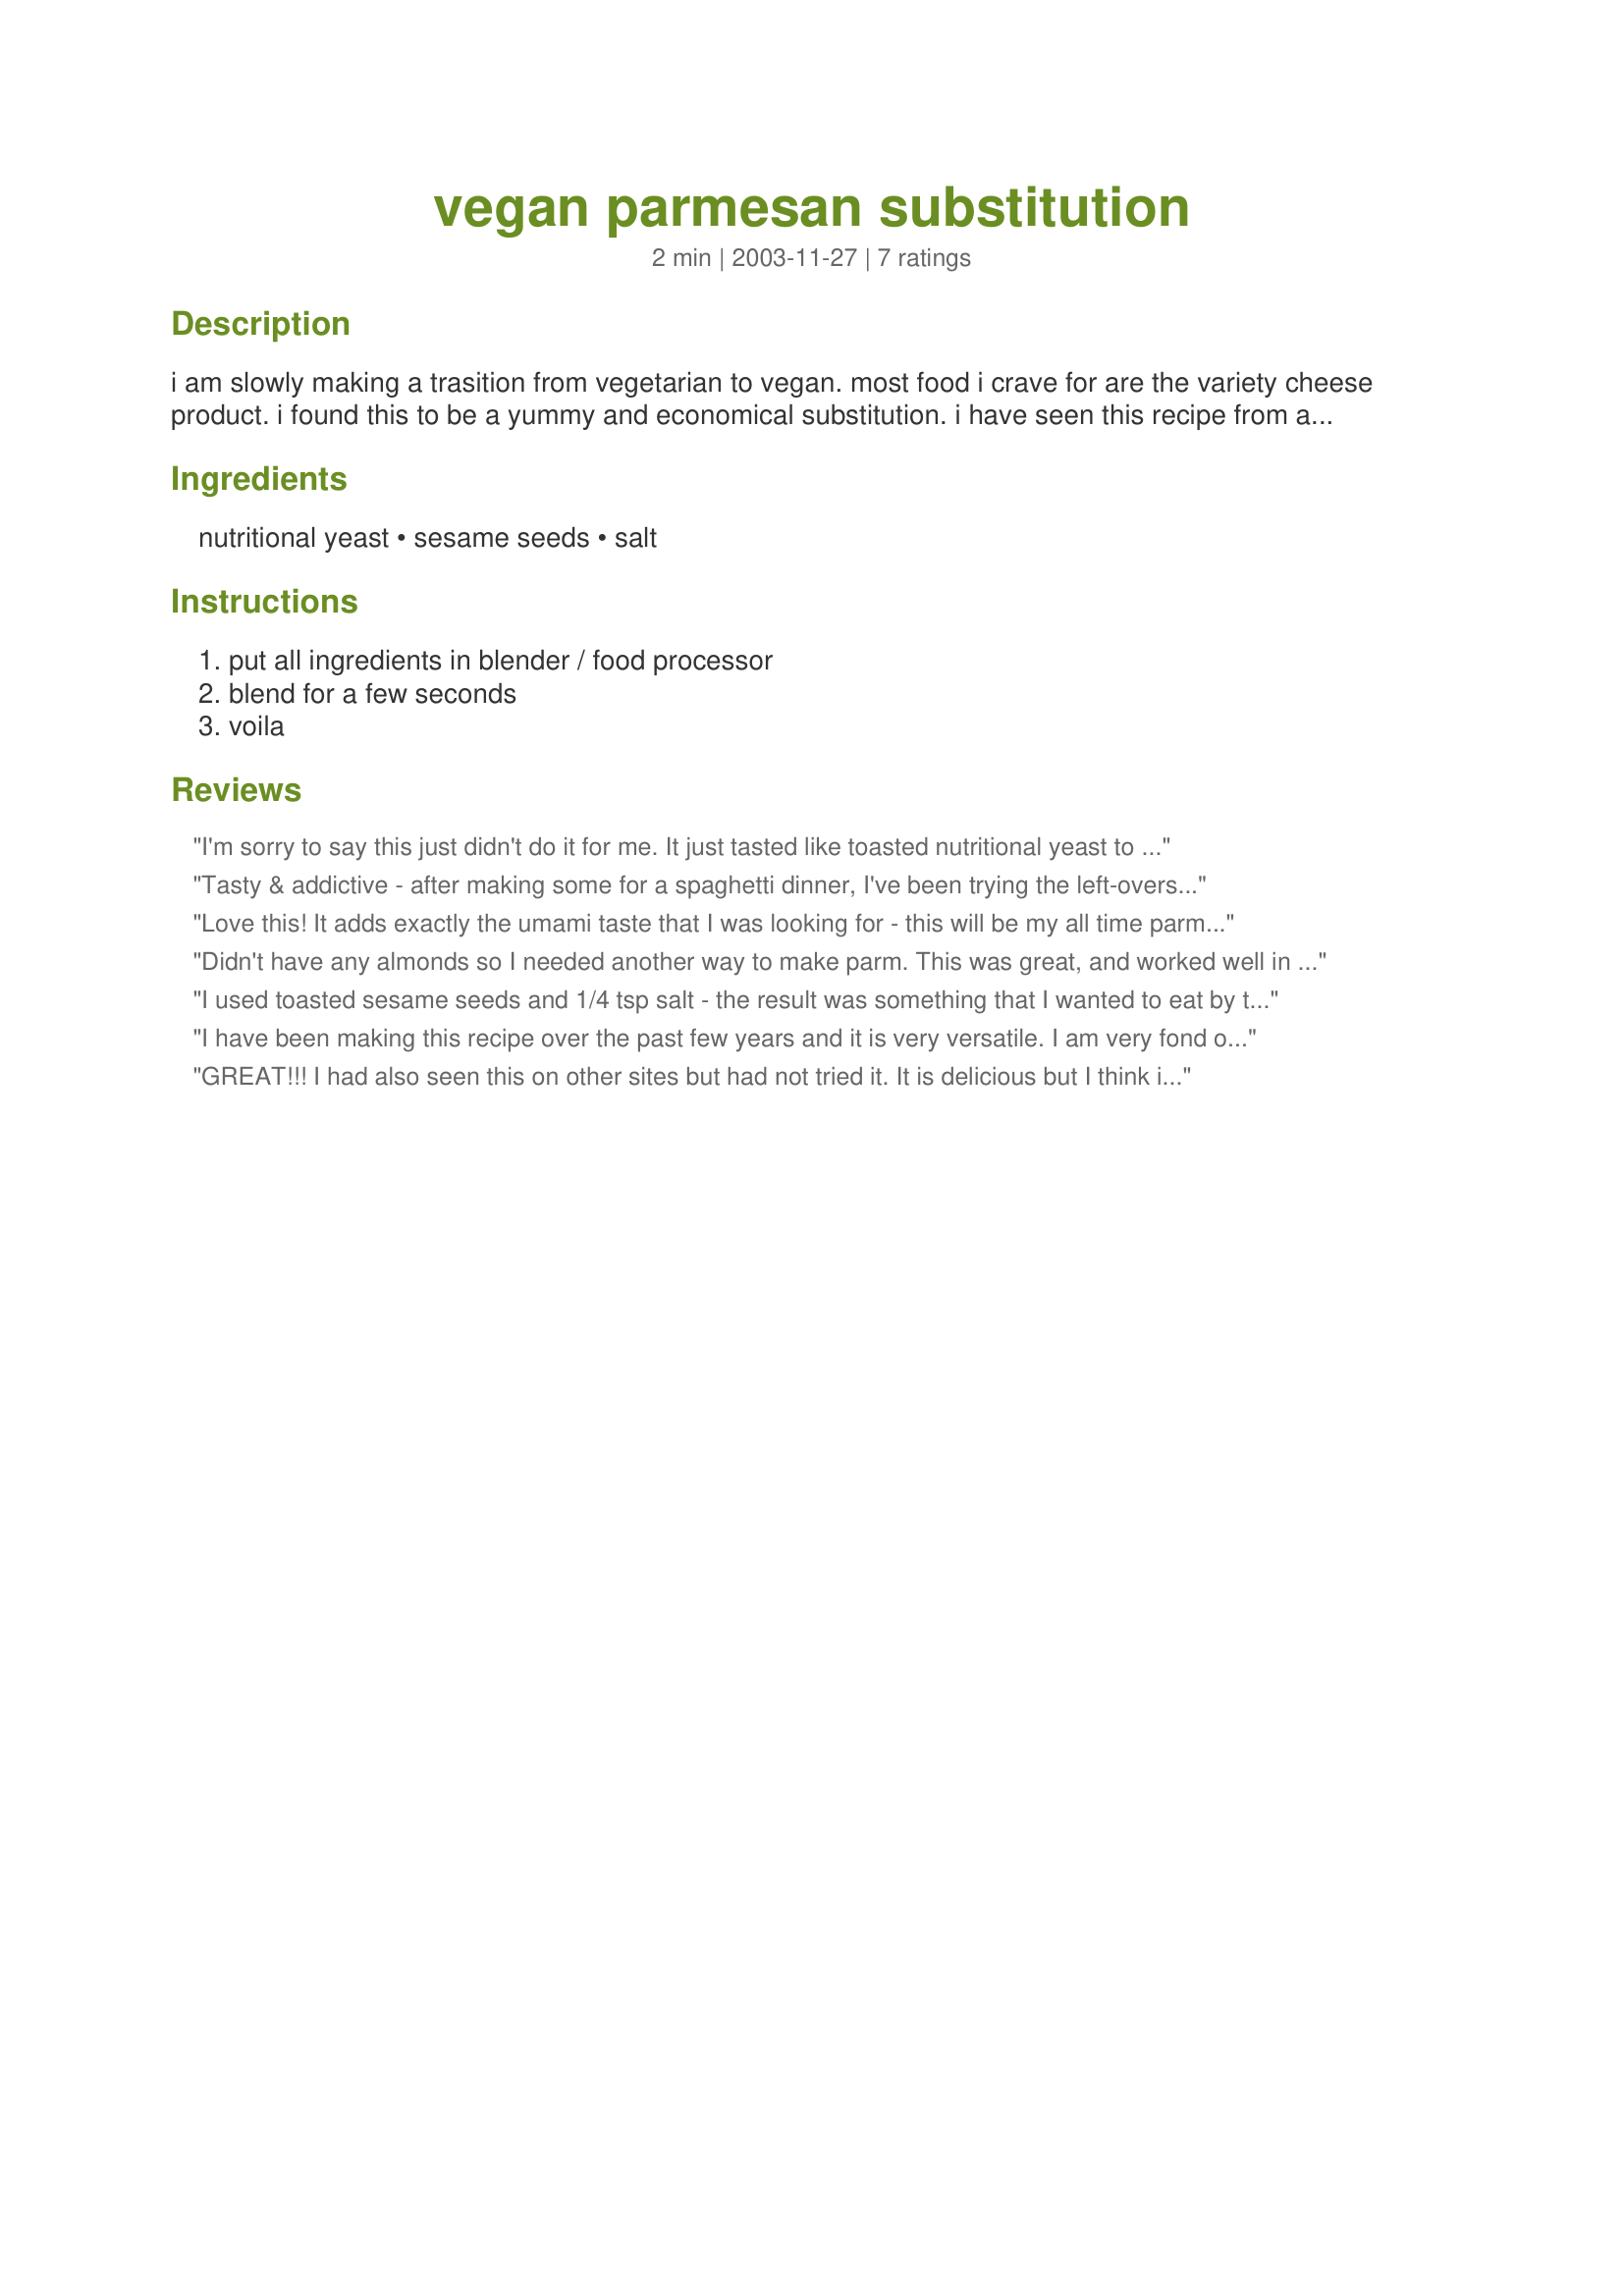
vegan parmesan substitution
Preparation time: 2 minutes

i am slowly making a trasition from vegetarian to vegan. most food i crave for are the variety cheese product. i found this to be a yummy and economical substitution. i have seen this recipe from a few different websites, so i am not too sure of the original source. i think it's best to store this in a jar in the refrigerator for up to a few month. happy vegan!

Ingredients:
nutritional yeast, sesame seeds, salt

Steps:
put all ingredients in blender / food processor, blend for a few seconds, voila

Reviews:
I'm sorry to say this just didn't do it for me. It just tasted like toasted nutritional yeast to me. Sorry!
Tasty & addictive - after making some for a spaghetti dinner, I've been trying the left-overs on anything and everything, mmm.

As carol_hawk mentions, it's more of an alternative to parmesan than a taste-alike. Even though it doesn't taste like parmesan, it works in all the same places with similar flavour effects.

I was skeptical about this recipe, but I'm glad I tried it. I'll be keeping a jar of it in the fridge at all times.
Love this! It adds exactly the umami taste that I was looking for - this will be my all time parmesan sub now. Thanks for posting!
Didn't have any almonds so I needed another way to make parm. This was great, and worked well in a sauce. Thanks so much!
I used toasted sesame seeds and 1/4 tsp salt - the result was something that I wanted to eat by the spoonful. Delicious, cheap and easy. Wonderful on pasta or popcorn.
I have been making this recipe over the past few years and it is very versatile. I am very fond of it on popcorn.
GREAT!!! I had also seen this on other sites but had not tried it. It is delicious but I think it should be noted that it doesn't taste like parmesan but can be substituted for parmesan on dishes.
